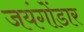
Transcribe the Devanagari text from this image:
जयंगोंडार